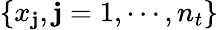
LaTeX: \{ x_{\mathbf{j}},\mathbf{j}=1,\cdots,n_{t}\}